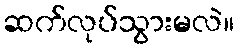
ဆက်လုပ်သွားမလဲ။